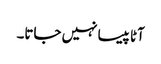
آٹا پیسا نہیں جاتا۔